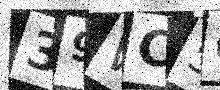
Text: 39WC5G